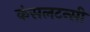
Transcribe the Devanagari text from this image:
कंसलटन्सी